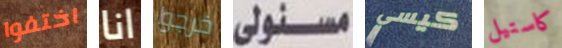
اختفوا انا خرجوا مسئولى كيسي كاستيل